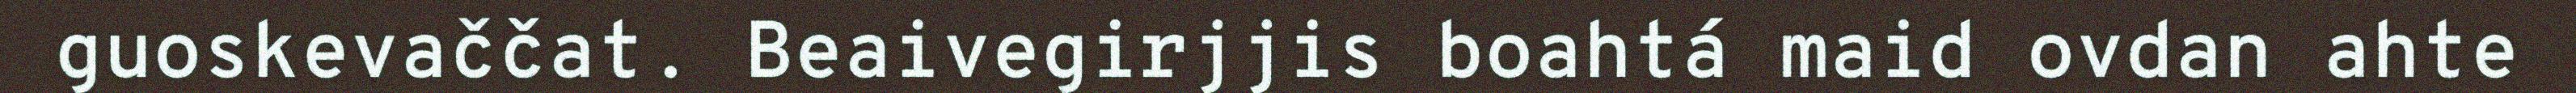
guoskevaččat. Beaivegirjjis boahtá maid ovdan ahte